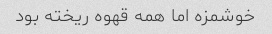
خوشمزه اما همه قهوه ریخته بود